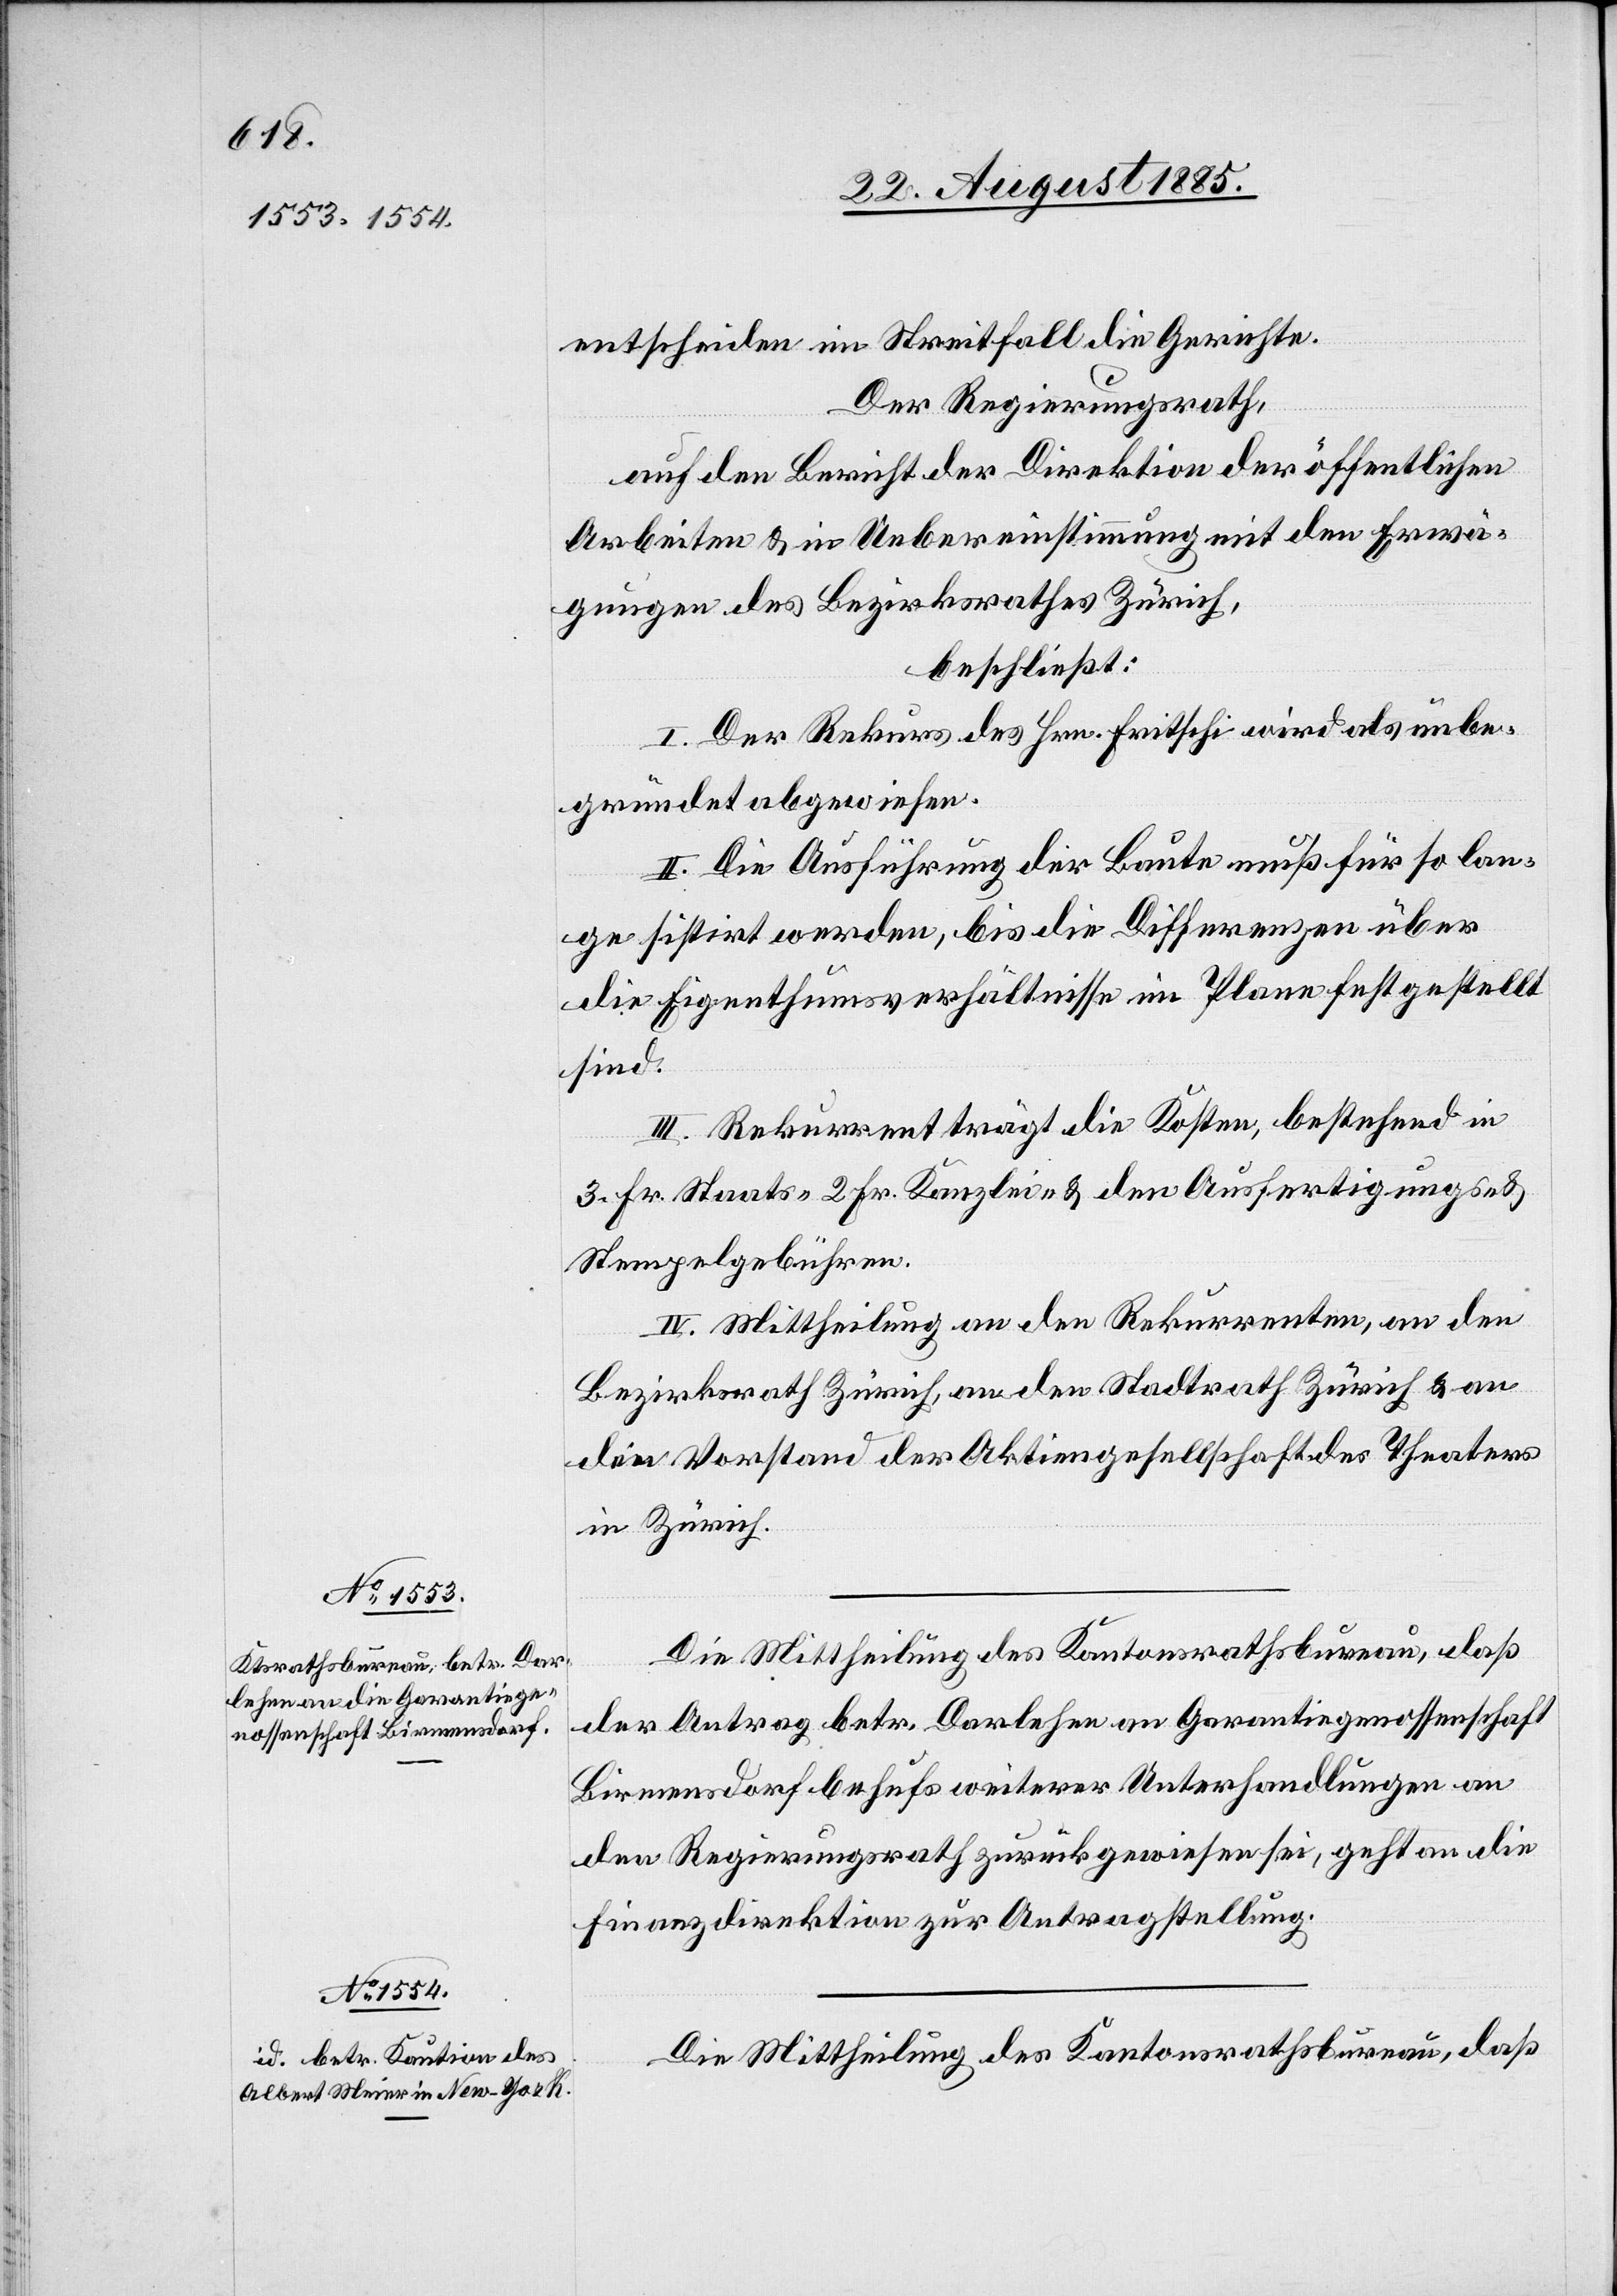
entscheiden im Streitfalle die Gerichte.
Der Regierungsrath,
auf den Bericht der Direktion der öffentlichen
Arbeiten & in Uebereinstimmung mit den Erwä¬
gungen des Bezirksrathes Zürich,
beschließt:
I. Der Rekurs des Hrn. Fritschi wird als unbe¬
gründet abgewiesen.
II. Die Ausführung der Baute muß für so lan¬
ge sistirt werden, bis die Differenzen über
die Eigenthumsverhältnisse im Plane festgestellt
sind.
III. Rekurrent trägt die Kosten, bestehend in
3 Fr. Staats-[,] 2 Fr. Kanzlei- & den Ausfertigungs- &
Stempelgebühren.
IV. Mittheilung an den Rekurrenten, an den
Bezirksrath Zürich, an den Stadtrath Zürich & an
den Vorstand der Aktiengesellschaft des Theaters
in Zürich.
Die Mittheilung des Kantonsrathsbureau, daß
der Antrag betr. Darlehen an [die] Garantiegenossenschaft
Birmensdorf behufs weiterer Unterhandlungen an
den Regierungsrath zurückgewiesen sei, geht an die
Finanzdirektion zur Antragstellung.
Die Mittheilung des Kantonsrathsbureau, daß